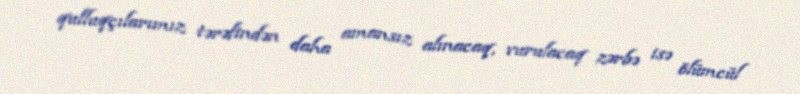
qulluqçılarımız tərəfindən daha amansız alınacaq, vurulacaq zərbə isə ölümcül